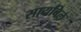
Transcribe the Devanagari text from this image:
सायबिल